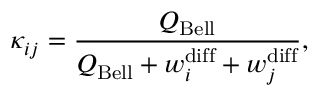
\kappa _ { i j } = \frac { Q _ { \mathrm { B e l l } } } { Q _ { \mathrm { B e l l } } + w _ { i } ^ { \mathrm { d i f f } } + w _ { j } ^ { \mathrm { d i f f } } } ,